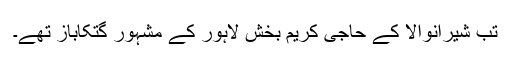
تب شیرانوالا کے حاجی کریم بخش لاہور کے مشہور گتکاباز تھے۔